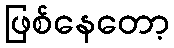
ဖြစ်နေတော့